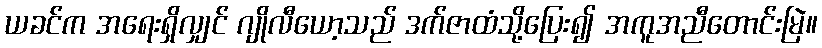
ယခင်က အရေးရှိလျှင် ဂျိုလီယော့သည် ဒက်ဇာထံသို့ပြေး၍ အကူအညီတောင်းမြဲ။